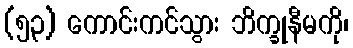
(၅၃) ကောင်းကင်သွား ဘိက္ခုနီမကို၊